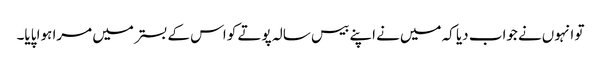
تو انہوں‌نے جواب دیا کہ میں‌نے اپنے بیس سالہ پوتے کو اس کے بستر میں‌ مرا ہوا پایا۔